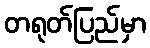
တရုတ်ပြည်မှာ